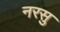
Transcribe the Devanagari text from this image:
नरसु